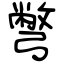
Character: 彆